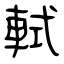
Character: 軾